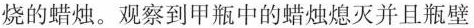
烧的蜡烛。观察到甲瓶中的蜡烛熄灭并且瓶壁